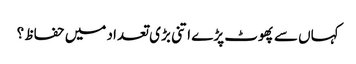
کہاں سے پھوٹ پڑے اتنی بڑی تعداد میں حفاظ ؟